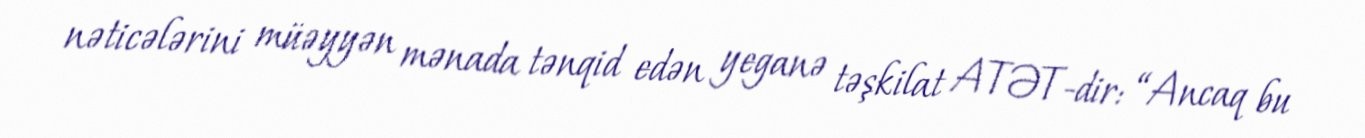
nəticələrini müəyyən mənada tənqid edən yeganə təşkilat ATƏT-dir: “Ancaq bu